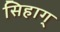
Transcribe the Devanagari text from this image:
सिहाग्